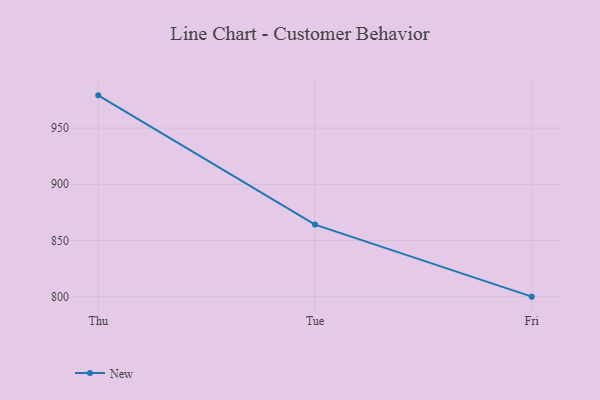
{"axis": {"x": "Day", "y": "Conversion Rate (%)"}, "legend": ["New"], "data": [{"x": "Thu", "y": 979.1, "type": "New"}, {"x": "Tue", "y": 864.1, "type": "New"}, {"x": "Fri", "y": 800, "type": "New"}]}